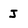
Character: J